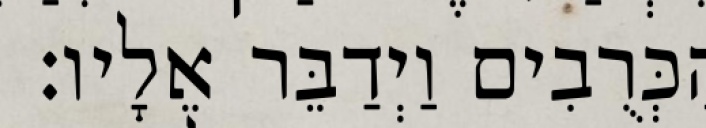
הַכְּרֻבִים וַיְדַבֵּר אֵלָיו׃